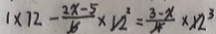
1 \times 1 2 - \frac { 2 x - 5 } { 5 } \times 1 2 ^ { 2 } = \frac { 3 - x } { 4 } \times 1 2 ^ { 3 }